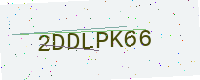
Text: 2DDLPK66